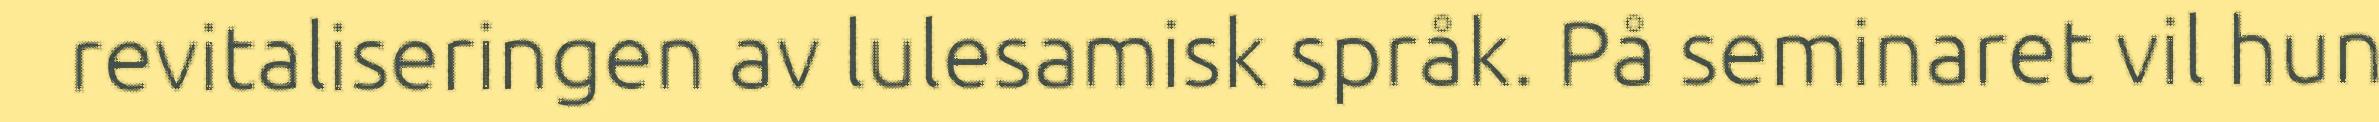
revitaliseringen av lulesamisk språk. På seminaret vil hun